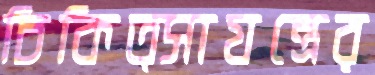
চিকিত্সাযন্ত্রের